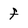
Character: f